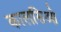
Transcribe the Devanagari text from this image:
कालसिओ